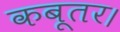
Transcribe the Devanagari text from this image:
कबूतर।